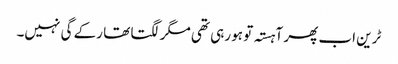
ٹرین اب پھر آہستہ تو ہو رہی تھی مگر لگتا تھا رکے گی نہیں۔